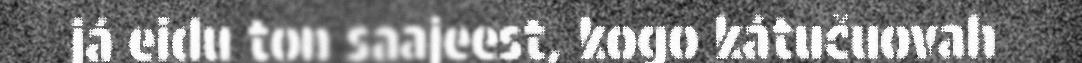
já eidu ton saajeest, kogo kátučuovah